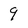
Character: 9